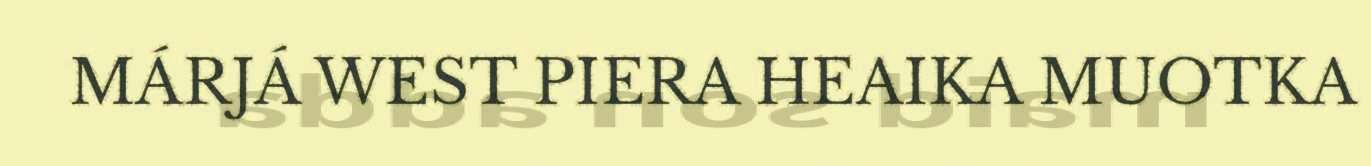
MÁRJÁ WEST PIERA HEAIKA MUOTKA